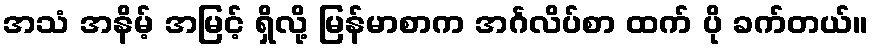
အသံ အနိမ့် အမြင့် ရှိလို့ မြန်မာစာက အင်္ဂလိပ်စာ ထက် ပို ခက်တယ်။